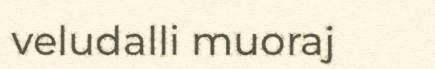
veludalli muoraj